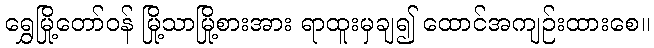
ရွှေမြို့တော်ဝန် မြို့သာမြို့စားအား ရာထူးမှချ၍ ထောင်အကျဉ်းထားစေ။